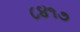
૮૪૧૭